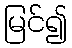
မြင်၍